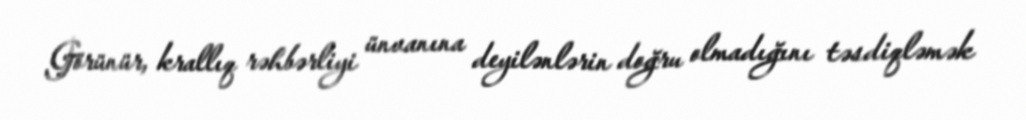
Görünür, krallıq rəhbərliyi ünvanına deyilənlərin doğru olmadığını təsdiqləmək